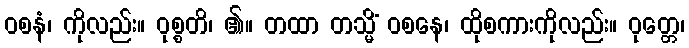
ဝစနံ၊ ကိုလည်း။ ဝုစ္စတိ၊ ၏။ တထာ တသ္မိံ ဝစနေ၊ ထိုစကားကိုလည်း။ ဝုတ္တေ၊